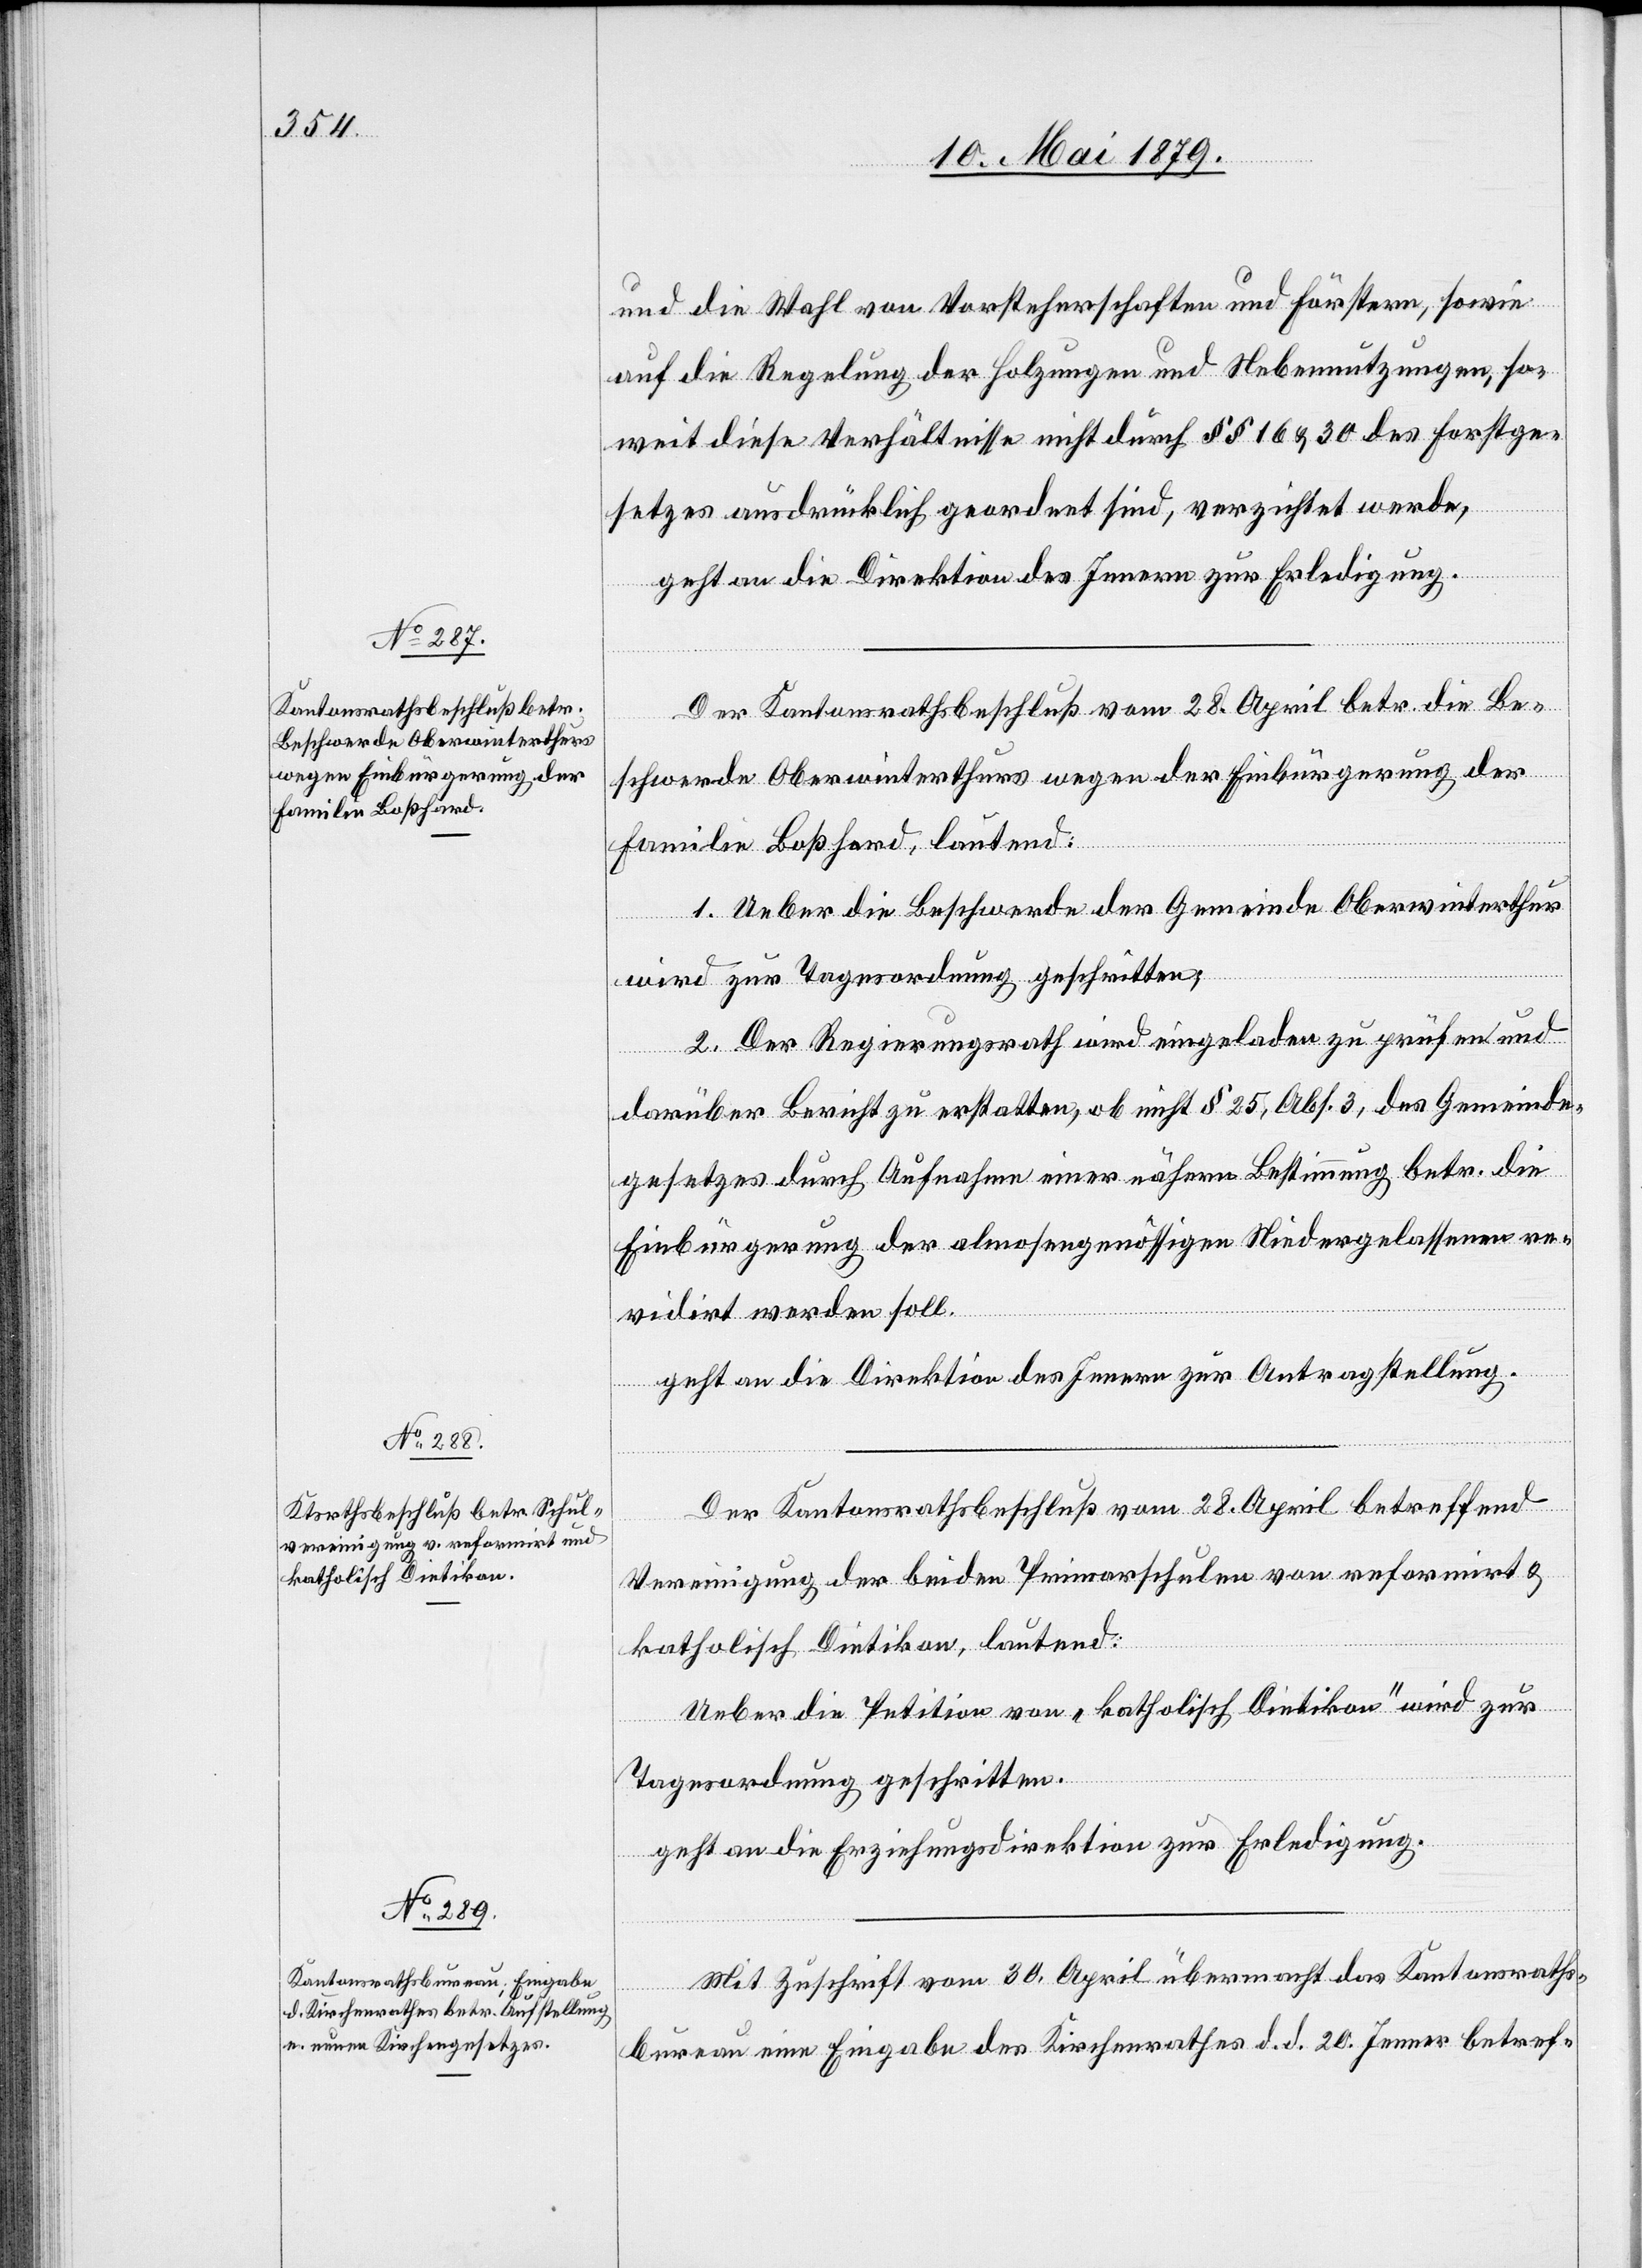
und die Wahl von Vorsteherschaften und Förstern, sowie
auf die Regelung der Holzungen und Nebennutzungen, so¬
weit diese Verhältnisse nicht durch §§ 16 & 30 des Forstge¬
setzes ausdrücklich geordnet sind, verzichtet werde,
geht an die Direktion des Innern zur Erledigung.
Der Kantonsrathsbeschluß vom 28. April betr. die Be¬
schwerde Oberwinterthurs wegen der Einbürgerung der
Familie Boßhard, lautend:
1. Ueber die Beschwerde der Gemeinde Oberwinterthur
wird zur Tagesordnung geschritten;
2. Der Regierungsrath wird eingeladen zu prüfen und
darüber Bericht zu erstatten, ob nicht § 25, Abs. 3, des Gemeinde¬
gesetzes durch Aufnahme einer nähern Bestimmung betr. die
Einbürgerung der almosengenössigen Niedergelassenen re¬
vidirt werden soll.
geht an die Direktion des Innern zur Antragstellung.
Der Kantonsrathsbeschluß vom 28. April betreffend
Vereinigung der beiden Primarschulen von reformirt &
katholisch Dietikon, lautend:
Ueber die Petition von „katholisch Dietikon“ wird zur
Tagesordnung geschritten.
geht an die Erziehungsdirektion zur Erledigung.
Mit Zuschrift vom 30. April übermacht das Kantonsraths¬
bureau eine Eingabe des Kirchenrathes d. d. 20. Jenner betref-